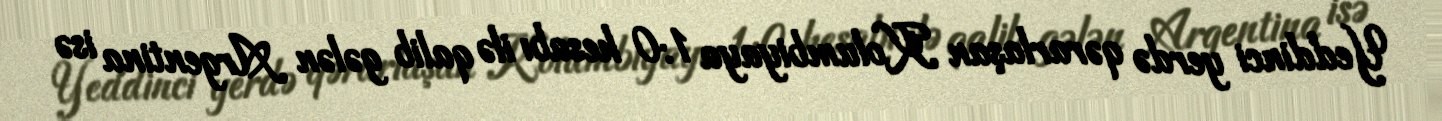
Yeddinci yerdə qərarlaşan Kolumbiyaya 1:0 hesabı ilə qalib gələn Argentina isə